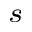
^ s